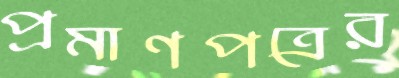
প্রমাণপত্রের